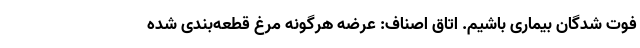
فوت شدگان بیماری باشیم. اتاق اصناف: عرضه هرگونه مرغ قطعه‌بندی شده